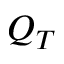
Q _ { T }